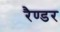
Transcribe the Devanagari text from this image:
रैण्डर